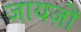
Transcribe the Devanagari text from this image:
जायज़ों